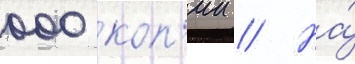
000 коп'ии // На́